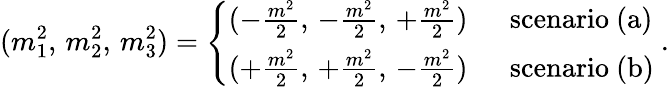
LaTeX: (m_{1}^{2},\, m_{2}^{2},\, m_{3}^{2})=\left\{ \begin{array}{cl}{{(-\frac{m^{2}}{2},\, -\frac{m^{2}}{2},\, +\frac{m^{2}}{2})}}&{{\mathrm{\ \ scenario\ (a)}}}\\ {{(+\frac{m^{2}}{2},\, +\frac{m^{2}}{2},\, -\frac{m^{2}}{2})}}&{{\mathrm{\ \ scenario\ (b)}}}\end{array}\right.\ .